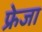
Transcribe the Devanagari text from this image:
फ्रेजा